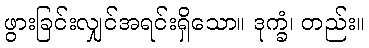
ဖွားခြင်းလျှင်အရင်းရှိသော။ ဒုက္ခံ၊ တည်း။